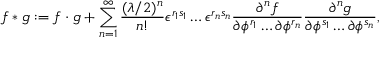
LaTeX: f \ast g : = f \cdot g + \sum _ { n = 1 } ^ { \infty } { \frac { ( \lambda / 2 ) ^ { n } } { n ! } } \epsilon ^ { r _ { 1 } s _ { 1 } } \dots \epsilon ^ { r _ { n } s _ { n } } { \frac { \partial ^ { n } f } { \partial \phi ^ { r _ { 1 } } \dots \partial \phi ^ { r _ { n } } } } { \frac { \partial ^ { n } g } { \partial \phi ^ { s _ { 1 } } \dots \partial \phi ^ { s _ { n } } } } ,